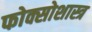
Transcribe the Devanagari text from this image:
फोक्सोशास्त्र